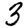
Digit: 3